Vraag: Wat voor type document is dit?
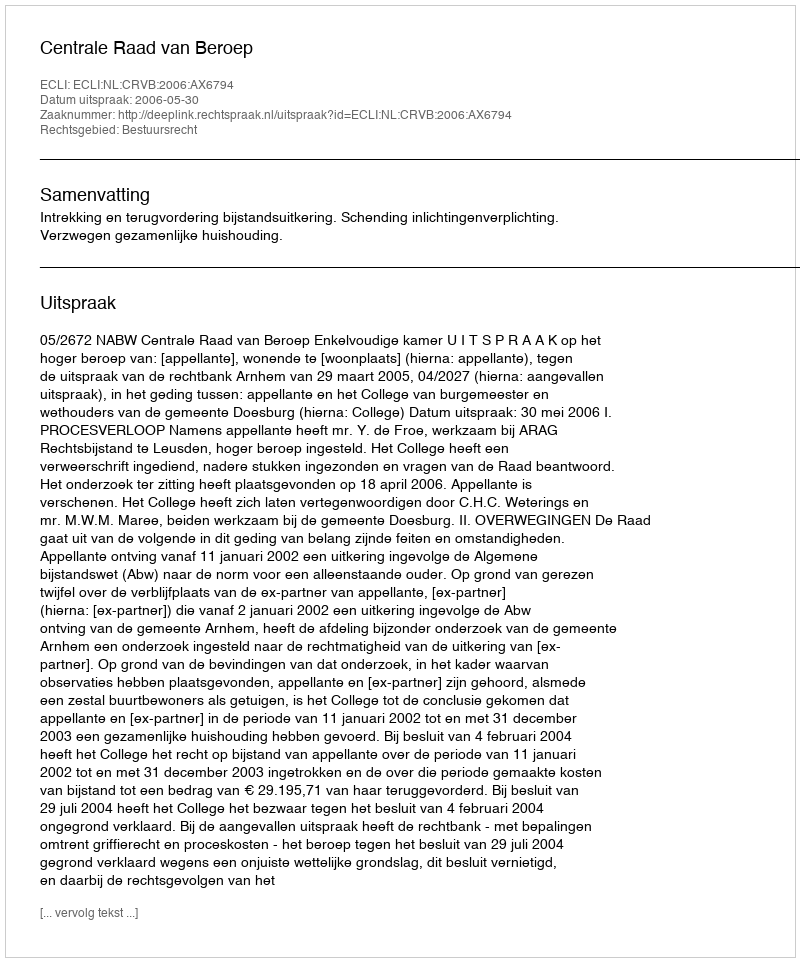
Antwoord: Uitspraak